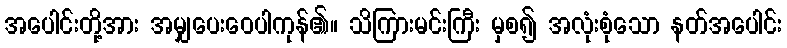
အပေါင်းတို့အား အမျှပေးဝေပါကုန်၏။ သိကြားမင်းကြီး မှစ၍ အလုံးစုံသော နတ်အပေါင်း